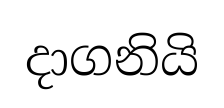
දාගනියි